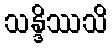
သန္ဒိဿသိ